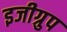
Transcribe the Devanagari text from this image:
इजीग्रुप